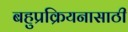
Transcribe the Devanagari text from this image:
बहुप्रक्रियनासाठी